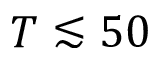
T \lesssim 5 0